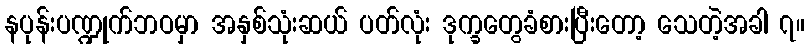
နပုန်းပဏ္ဍုက်ဘဝမှာ အနှစ်သုံးဆယ် ပတ်လုံး ဒုက္ခတွေခံစားပြီးတော့ သေတဲ့အခါ ၇။